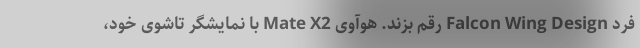
فرد Falcon Wing Design رقم بزند. هوآوی Mate X2 با نمایشگر تاشوی خود،